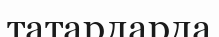
татарларда